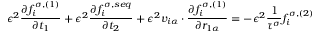
\epsilon ^ { 2 } \frac { \partial f _ { i } ^ { \sigma , ( 1 ) } } { \partial t _ { 1 } } + \epsilon ^ { 2 } \frac { \partial f _ { i } ^ { \sigma , s e q } } { \partial t _ { 2 } } + \epsilon ^ { 2 } v _ { i \alpha } \cdot \frac { \partial f _ { i } ^ { \sigma , ( 1 ) } } { \partial r _ { 1 \alpha } } = - \epsilon ^ { 2 } \frac { 1 } { \tau ^ { \sigma } } f _ { i } ^ { \sigma , ( 2 ) }